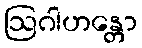
ဩဂါဟန္တော